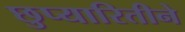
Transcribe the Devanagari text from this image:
छुप्यारितीने